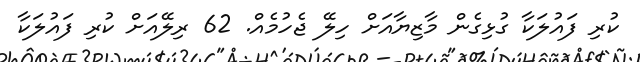
ކުރި ފައުލަކާ ގުޅިގެން މާޒިޔާއަށް ހިލޭ ޖެހުމެއް. 62 ރިލޭއަށް ކުރި ފައުލަކާ